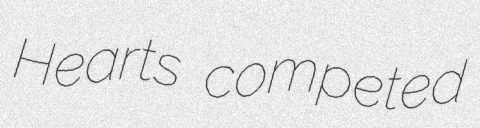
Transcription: Hearts competed